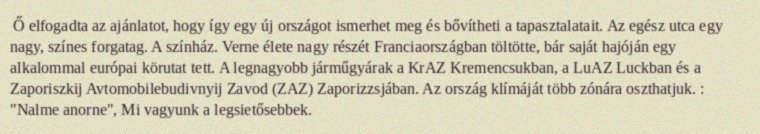
Ő elfogadta az ajánlatot, hogy így egy új országot ismerhet meg és bővítheti a tapasztalatait. Az egész utca egy nagy, színes forgatag. A színház. Verne élete nagy részét Franciaországban töltötte, bár saját hajóján egy alkalommal európai körutat tett. A legnagyobb járműgyárak a KrAZ Kremencsukban, a LuAZ Luckban és a Zaporiszkij Avtomobilebudivnyij Zavod (ZAZ) Zaporizzsjában. Az ország klímáját több zónára oszthatjuk. : "Nalme anorne", Mi vagyunk a legsietősebbek.